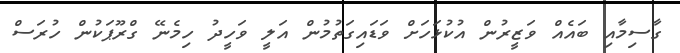
ގާސިމާއި ބައެއް ވަޒީރުން އުކުޅަހަށް ވަޑައިގަތުމުން އަލީ ވަހީދު ހިމެނޭ ގްރޫޕަކުން ހުރަސް